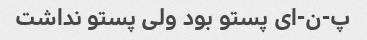
پ-ن-ای پستو بود ولی پستو نداشت